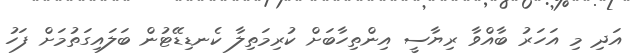
އަދި މި އަހަރު ބާއްވާ ރިޔާސީ އިންތިހާބަށް ކުރިމަތިލާ ކެނޑިޑޭޓުން ބަލައިގަތުމަށް ފަހު